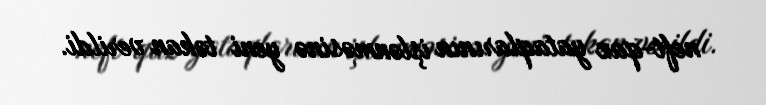
neft-qaz yataqlarının işlənməsinə yeni təkan verildi.